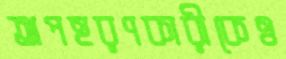
অপহরণকারীকেও